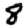
Digit: 8